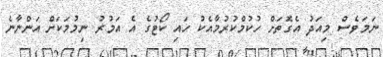
ނަމަވެސް މިއަދު އެގޮތަށް ހުކުމްކުރުމާއެކު ހައި ކޯޓުގެ އެ އަމުރު ނިމުމަކަށް އަންނާނެ